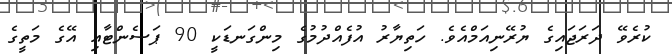
ކުރެވޭ ދަރަޖައިގެ ޔުރޭނިއަމްއެވެ. ހަތިޔާރު އުފެއްދުމުގެ މިންގަނޑަކީ 90 ޕަސެންޓާއި އޭގެ މަތީގެ